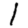
Digit: 1